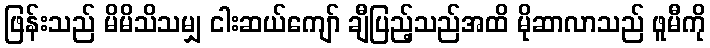
ဖြန်းသည် မိမိသိသမျှ ငါးဆယ်ကျော် ချီပြည့်သည်အထိ မိုဆာလာသည် ဖူမီကို